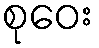
စုဝေး